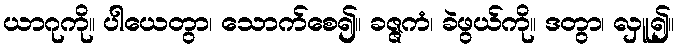
ယာဂုကို။ ပါယေတွာ၊ သောက်စေ၍။ ခဇ္ဇကံ၊ ခဲဖွယ်ကို။ ဒတွာ၊ လှူ၍။